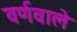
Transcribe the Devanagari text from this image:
वर्णवाले